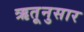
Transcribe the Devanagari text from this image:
ऋतूनुसार